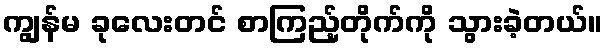
ကျွန်မ ခုလေးတင် စာကြည့်တိုက်ကို သွားခဲ့တယ်။